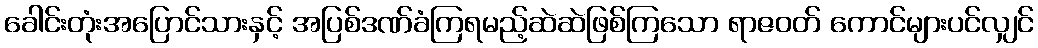
ခေါင်းတုံးအပြောင်သားနှင့် အပြစ်ဒဏ်ခံကြရမည့်ဆဲဆဲဖြစ်ကြသော ရာဇဝတ် ကောင်များပင်လျှင်